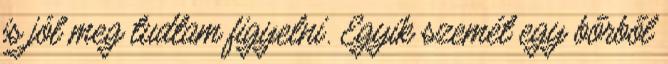
is jól meg tudtam figyelni. Egyik szemét egy bőrből